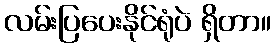
လမ်းပြပေးနိုင်ရုံပဲ ရှိတာ။